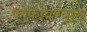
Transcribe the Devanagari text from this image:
फोफावण्यास